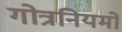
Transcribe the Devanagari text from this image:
गोत्रनियमों